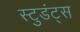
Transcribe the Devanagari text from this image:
स्टुडंट्‍स